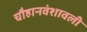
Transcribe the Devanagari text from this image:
चौहानवंशावली